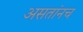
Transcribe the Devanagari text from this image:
असतांनच